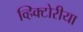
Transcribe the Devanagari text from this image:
व्हिक्टोरीया